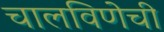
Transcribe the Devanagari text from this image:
चालविणेची